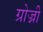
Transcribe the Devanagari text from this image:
ग्रोज्नी